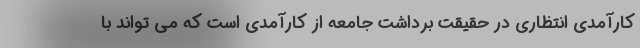
کارآمدی انتظاری در حقیقت برداشت جامعه از کارآمدی است که می تواند با